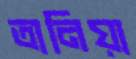
তানিয়া